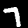
Digit: 7